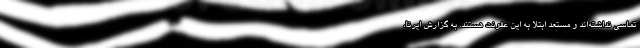
تماسی نداشته‌اند و مستعد ابتلا به این عفونت هستند. به گزارش ایرنا،